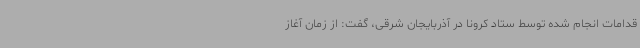
قدامات انجام شده توسط ستاد کرونا در آذربایجان شرقی، گفت: از زمان آغاز